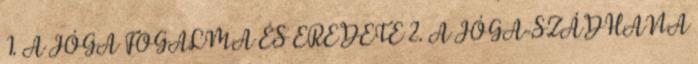
1. A JÓGA FOGALMA ÉS EREDETE 2. A JÓGA-SZÁDHANA